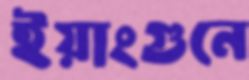
ইয়াংগুনে